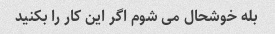
بله خوشحال می شوم اگر این کار را بکنید